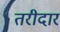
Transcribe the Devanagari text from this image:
तरीदार